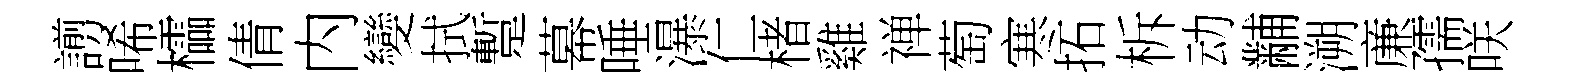
謭唏櫺倩内變拭蹔幕唾瀑仁楮雞禅萄寒拓柝动黼溯亷孺咲